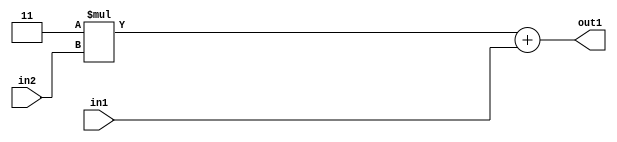
`timescale 1ps / 1ps
/*****************************************************************************
    Verilog RTL Description
    
    
    Created by: Stratus DpOpt 2019.1.01 
*******************************************************************************/

module ImageGradient_Add2u2Mul2i3u2_1 (
	in2,
	in1,
	out1
	); /* architecture "behavioural" */ 
input [1:0] in2,
	in1;
output [3:0] out1;
wire [3:0] asc001;

wire [3:0] asc001_tmp_0;
assign asc001_tmp_0 = 
	+(4'B0011 * in2);
assign asc001 = asc001_tmp_0
	+(in1);

assign out1 = asc001;
endmodule

/* CADENCE  ubf2Swo= : u9/ySgnWtBlWxVPRXgAZ4Og= ** DO NOT EDIT THIS LINE ******/